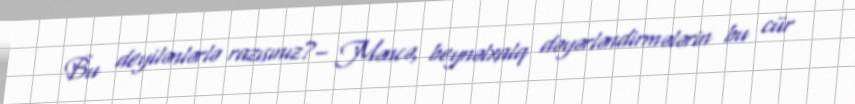
Bu deyilənlərlə razısınız?– Məncə, beynəlxalq dəyərləndirmələrin bu cür